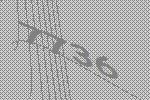
7736